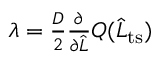
\begin{array} { r } { \lambda = \frac { D } { 2 } \frac { \partial } { \partial \widehat { L } } Q ( \widehat { L } _ { \mathrm { t s } } ) } \end{array}